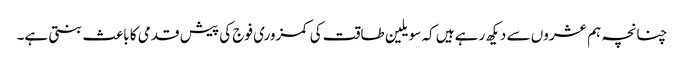
چنانچہ ہم عشروں سے دیکھ رہے ہیں کہ سویلین طاقت کی کمزوری فوج کی پیش قدمی کا باعث بنتی ہے۔